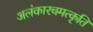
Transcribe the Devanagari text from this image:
अलंकारचमत्कृति